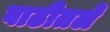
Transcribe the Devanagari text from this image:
वाढीतले